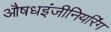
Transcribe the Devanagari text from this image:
औषधइंजीनियरिंग